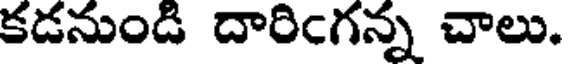
కడనుండి దారిఁగన్న చాలు.